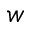
w